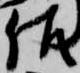
佐